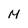
Character: M